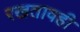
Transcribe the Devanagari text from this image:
रखतावही